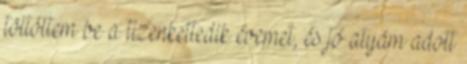
töltöttem be a tizenkettedik évemet, és jó atyám adott